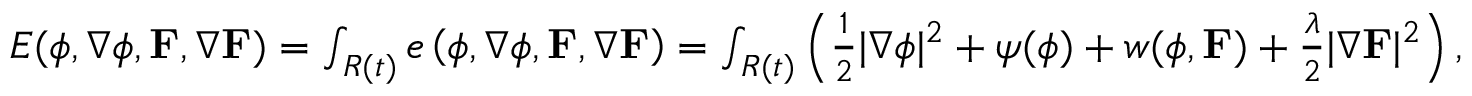
\begin{array} { r l } & { E ( \phi , \nabla \phi , \mathbf { F } , \nabla \mathbf { F } ) = \int _ { R ( t ) } e \left( \phi , \nabla \phi , \mathbf { F } , \nabla \mathbf { F } \right) = \int _ { R ( t ) } \left( \frac { 1 } { 2 } | \nabla \phi | ^ { 2 } + \psi ( \phi ) + w ( \phi , \mathbf { F } ) + \frac { \lambda } { 2 } | \nabla \mathbf { F } | ^ { 2 } \right) , } \end{array}